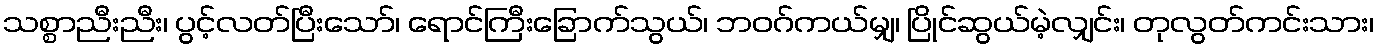
သစ္စာညီးညီး၊ ပွင့်လတ်ပြီးသော်၊ ရောင်ကြီးခြောက်သွယ်၊ ဘဝဂ်ကယ်မျှ၊ ပြိုင်ဆွယ်မဲ့လျှင်း၊ တုလွတ်ကင်းသား၊